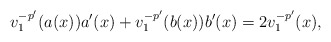
\begin{align*}v_1^{-p'}(a(x))a'(x)+v_1^{-p'}(b(x))b'(x)= 2v_1^{-p'}(x),\end{align*}